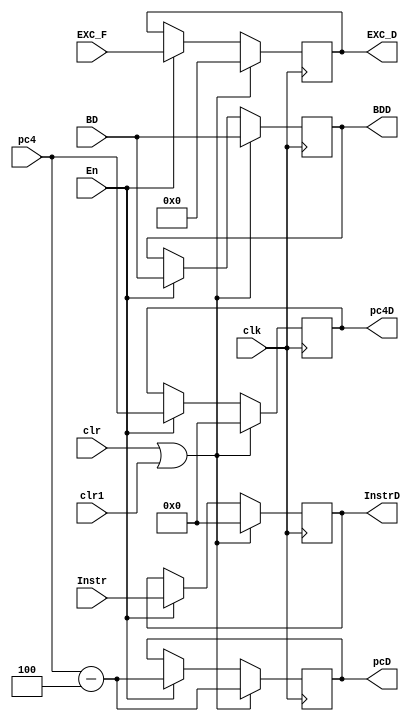
`timescale 1ns / 1ps
//////////////////////////////////////////////////////////////////////////////////
// Company: 
// Engineer: 
// 
// Design Name: 
// Module Name:    DReg 
// Project Name: 
// Target Devices: 
// Tool versions: 
// Description: 
//
// Dependencies: 
//
// Revision: 
// Revision 0.01 - File Created
// Additional Comments: 
//
//////////////////////////////////////////////////////////////////////////////////
module DReg(clk,En,Instr,pc4,InstrD,pc4D,pcD,EXC_F,EXC_D,clr,clr1,BD,BDD);
	input clk;
	input clr,clr1;
	input En;
	input [31:0] Instr;
	input [31:0] pc4;
	input [5:0] EXC_F;
	input BD;
	output reg BDD;
	output [31:0] InstrD;
	output reg [31:0] pc4D;
	output reg [31:0] pcD;
	output reg [5:0] EXC_D;
	
	reg [31:0] Instr1;
	
	initial begin 
	Instr1=0;
	pc4D=0;
	pcD=32'h0000_3000;
	EXC_D=0;
	BDD=0;
	end
	
	assign InstrD=Instr1;
	
	always@(posedge clk) begin
		if(clr==1||clr1==1) begin
			Instr1<=0;
			pc4D<=0;
			pcD<=pc4-4;
			EXC_D<=0;
			BDD<=BD;
		end
		else if(En==1)begin 
			Instr1<=Instr;
			pc4D<=pc4;
			EXC_D<=EXC_F;
			pcD<=pc4-4;
			BDD<=BD;
		end
	end

endmodule